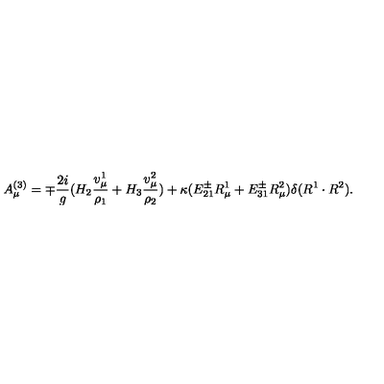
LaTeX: A _ { \mu } ^ { ( 3 ) } = \mp { \frac { 2 i } { g } } ( H _ { 2 } { \frac { v _ { \mu } ^ { 1 } } { \rho _ { 1 } } } + H _ { 3 } { \frac { v _ { \mu } ^ { 2 } } { \rho _ { 2 } } } ) + \kappa ( E _ { 2 1 } ^ { \pm } R _ { \mu } ^ { 1 } + E _ { 3 1 } ^ { \pm } R _ { \mu } ^ { 2 } ) \delta ( R ^ { 1 } \cdot R ^ { 2 } ) .